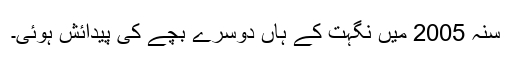
سنہ 2005 میں نگہت کے ہاں دوسرے بچے کی پیدائش ہوئی۔